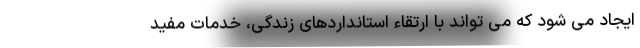
ایجاد می شود که می تواند با ارتقاء استانداردهای زندگی، خدمات مفید